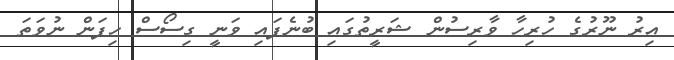
އިރު ނޫރުގެ ހުރިހާ ވާރިސުން ޝަރީތުގައި ބުނެފައި ވަނީ ގިސޯސް ހިފަން ނުވަތަ